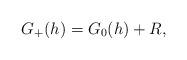
LaTeX: \begin{align*}G_+(h) = G_0(h) + R,\end{align*}